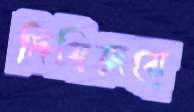
দিগ্বিজয়ে